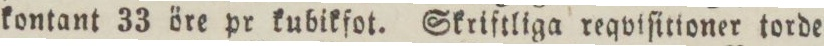
kontant 33 öre pr kubikfot. Skriftliga reqviſitioner torde